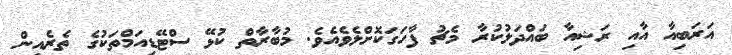
އަރަބިއާ އާއި ރަޝިއާ ބައްދަލުކުރާ މެޗު ފާހަގަކޮށްލެވެއެވެ. މުބާރާތް ކުޅޭ ސްޓޭޑިއަމްތަކުގެ ތެރެއިން